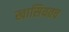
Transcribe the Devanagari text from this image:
खासियतच